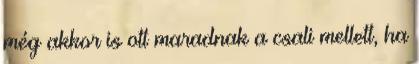
még akkor is ott maradnak a csali mellett, ha